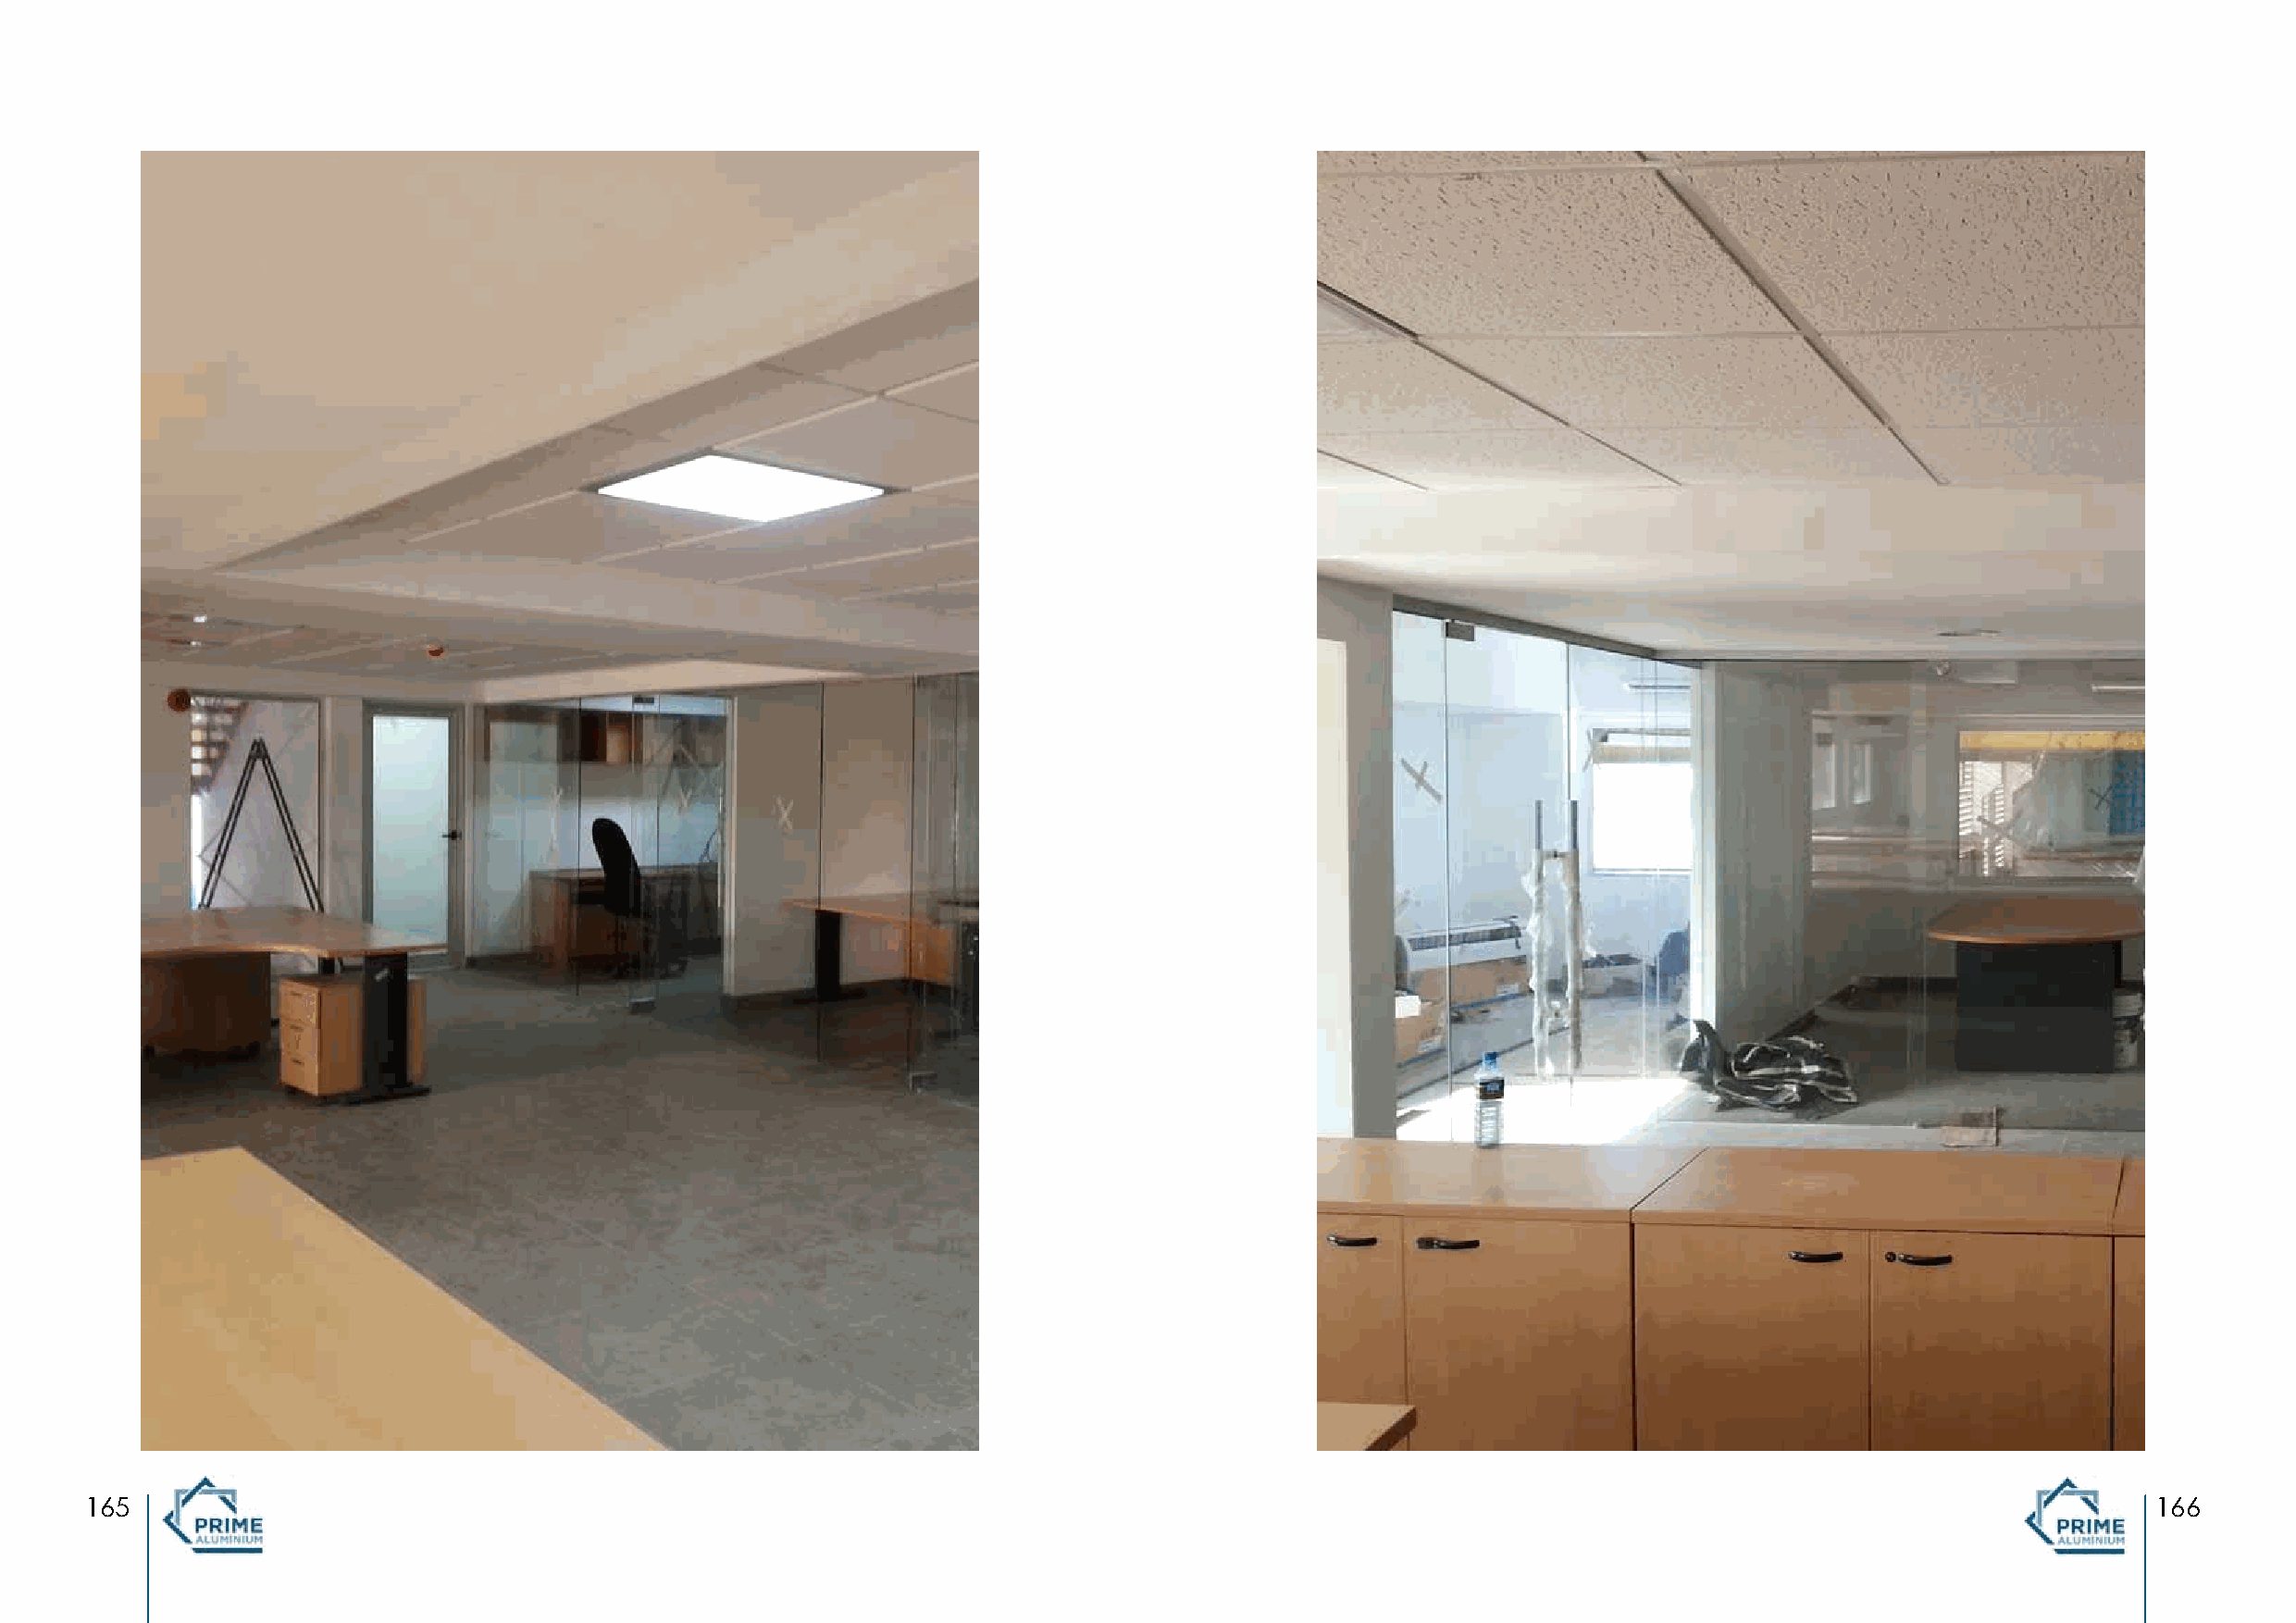
SECCO     OLD   OFFICE   MOMBASA
 “All Glazing Works”
 165                                                                                                                                                 166